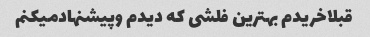
قبلاخریدم بهترین فلشی که دیدم وپیشنهادمیکنم